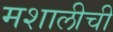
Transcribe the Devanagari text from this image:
मशालीची